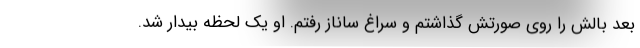
بعد بالش را روی صورتش گذاشتم و سراغ ساناز رفتم. او یک لحظه بیدار شد.